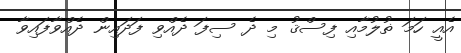
އެއީ ހަމަ ޡުލުމާއި ފިސްޤު މި ދެ ސިފަ ދެއްވި ފަދައިން ދެއްވާފައިވާ